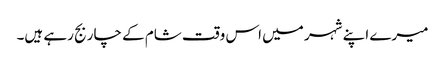
میرے اپنے شہر میں اس وقت شام کے چار بج رہے ہیں۔